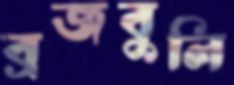
ব্রজবুলি